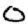
Digit: 0